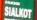
sialkot